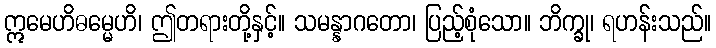
ဣမေဟိဓမ္မေဟိ၊ ဤတရားတို့နှင့်။ သမန္နာဂတော၊ ပြည့်စုံသော။ ဘိက္ခု၊ ရဟန်းသည်။